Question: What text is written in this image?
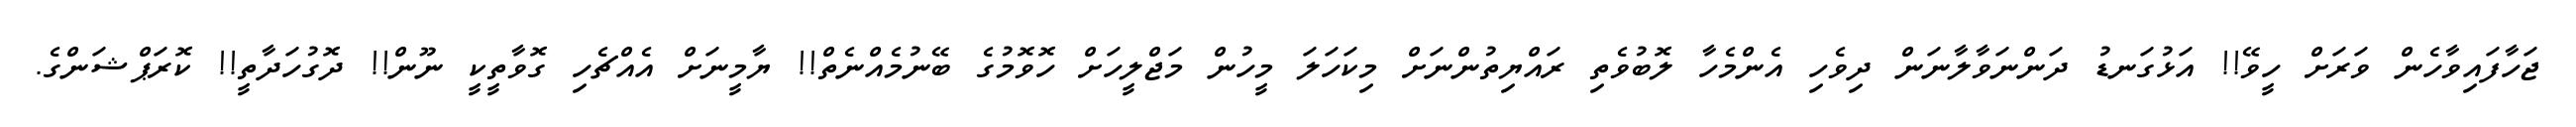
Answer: ޖަހާފައިވާހެން ވަރަށް ހީވޭ!! އަޅުގަނޑު ދަންނަވާލާނަން ދިވެހި އެންމެހާ ލޮބުވެތި ރައްޔިތުންނަށް މިކަހަލަ މީހުން މަޖްލީހަށް ހޮވޮމުގެ ބޭނުމެއްނެތް!! ޔާމީނަށް އެއްޗެހި ގޮވާތީކީ ނޫން!! ދޮގުހަދާތީ!! ކޮރަޕްޝަންގެ.